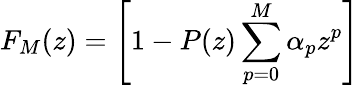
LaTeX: F_{M}(z)=\left[1-P(z)\sum_{p=0}^{M}\alpha_{p}z^{p}\right]